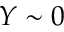
Y \sim 0